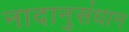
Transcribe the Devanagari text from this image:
नादानुसंधान